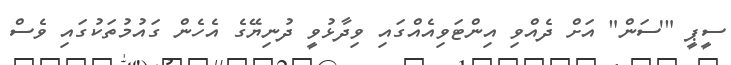
ސީޕީ "'ސަން" އަށް ދެއްވި އިންޓަވިއެއްގައި ވިދާޅުވީ ދުނިޔޭގެ އެހެން ގައުމުތަކުގައި ވެސް